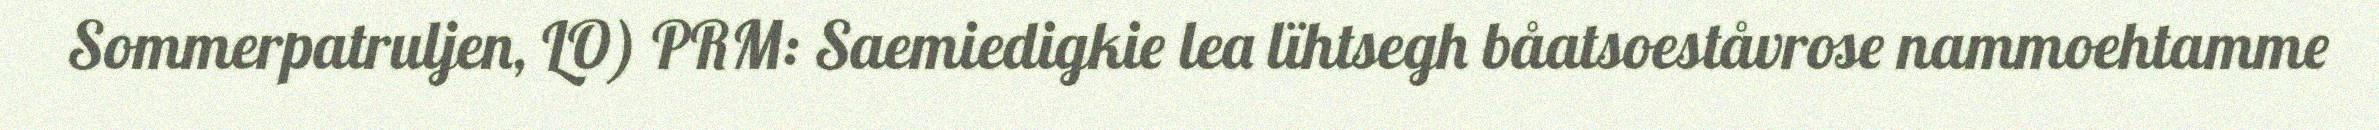
Sommerpatruljen, LO) PRM: Saemiedigkie lea lïhtsegh båatsoeståvrose nammoehtamme